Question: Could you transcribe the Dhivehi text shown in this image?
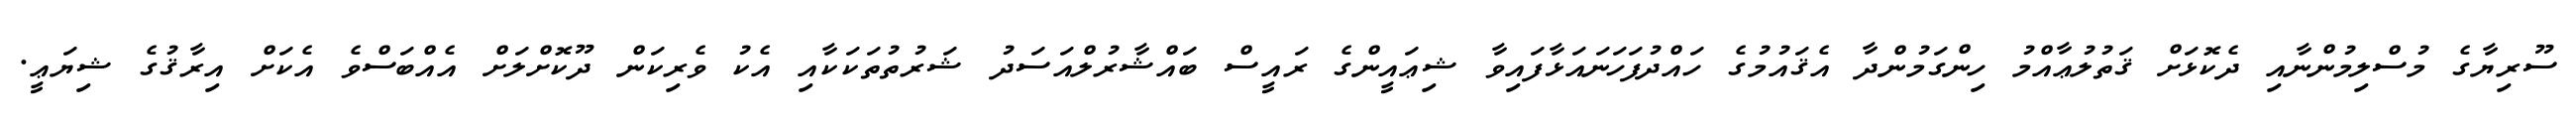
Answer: ސޫރިޔާގެ މުސްލިމުންނާއި ދެކޮޅަށް ޤަތުލުޢާއްމު ހިންގަމުންދާ އެޤައުމުގެ ހައްދުފަހަނައަޅާފައިވާ ޝިޢައީންގެ ރައީސް ބައްޝާރުލްއަސަދު ޝަރުތުތަކަކާއި އެކު ވެރިކަން ދޫކޮށްލަށް އެއްބަސްވެ އެކަށް އިރާޤުގެ ޝިޔަޢީ.